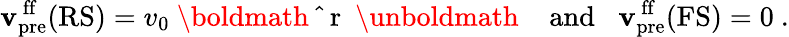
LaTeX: {\mathbf{v}}_{\mathrm{pre}}^{\mathrm{\, ff}}(\mathrm{RS})=v_{0}{\mathrm{~\boldmath~\hat{~}{~r~}~\unboldmath~}}\; \; \; \mathrm{and}\; \; \; {\mathbf{v}}_{\mathrm{pre}}^{\mathrm{\, ff}}(\mathrm{FS})=0\ .